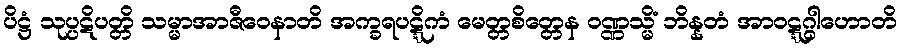
ပိဋ္ဌံ သုပ္ပဋိပတ္တိ သမ္မာအာဇီဝေနာတိ အက္ခရပဋ္ဋိကံ မေတ္တစိတ္တေန ဝဏ္ဏသ္မိံ ဘိန္နတံ အာဝဋ္ဋဂ္ဂါဟောတိ